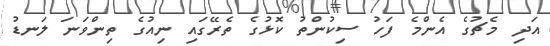
އަދި މެޗުގެ އެންމެ ފަހު ސިކުންތު ކޮޅުގެ ތެރޭގައި ނިއުގެ ތިންވަނަ ލަނޑު